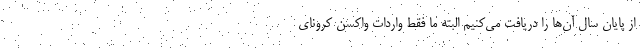
از پایان سال آن‌ها را دریافت می‌کنیم البته ما فقط واردات واکسن کرونای